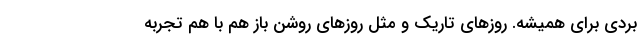
بردی برای همیشه. روز‌های تاریک و مثل روز‌های روشن باز هم با هم تجربه